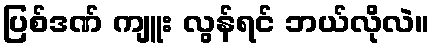
ပြစ်ဒဏ် ကျူး လွန်ရင် ဘယ်လိုလဲ။